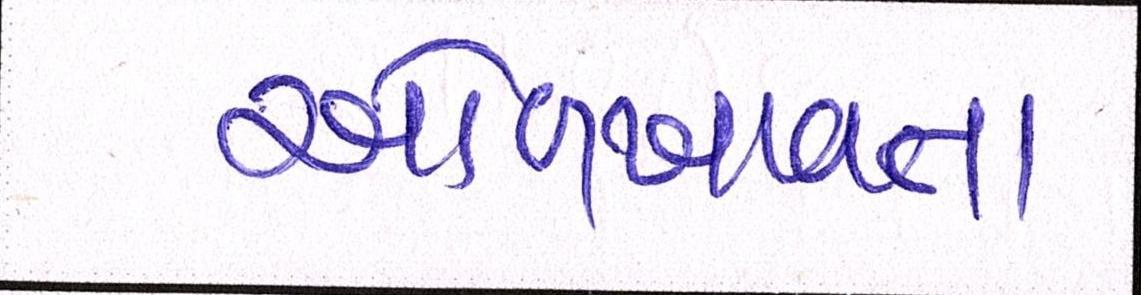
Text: ઓળખાવતા